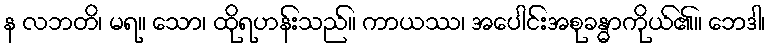
န လဘတိ၊ မရ။ သော၊ ထိုရဟန်းသည်။ ကာယဿ၊ အပေါင်းအစုခန္ဓာကိုယ်၏။ ဘေဒါ၊